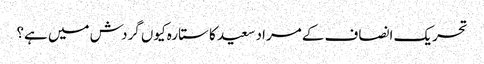
تحریک انصاف کے مراد سعید کا ستارہ کیوں گردش میں ہے؟